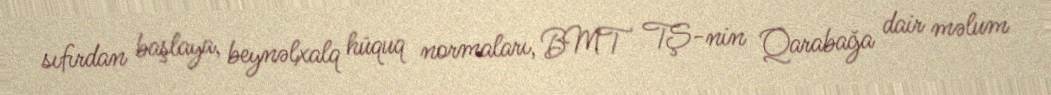
sıfırdan başlaya, beynəlxalq hüquq normaları, BMT TŞ-nin Qarabağa dair məlum